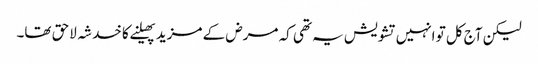
لیکن آج کل تو انہیں تشویش یہ تھی کہ مرض کے مزید پھیلنے کا خدشہ لاحق تھا۔